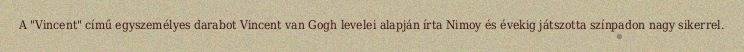
A "Vincent" című egyszemélyes darabot Vincent van Gogh levelei alapján írta Nimoy és évekig játszotta színpadon nagy sikerrel.